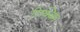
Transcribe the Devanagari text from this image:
रिक्विम